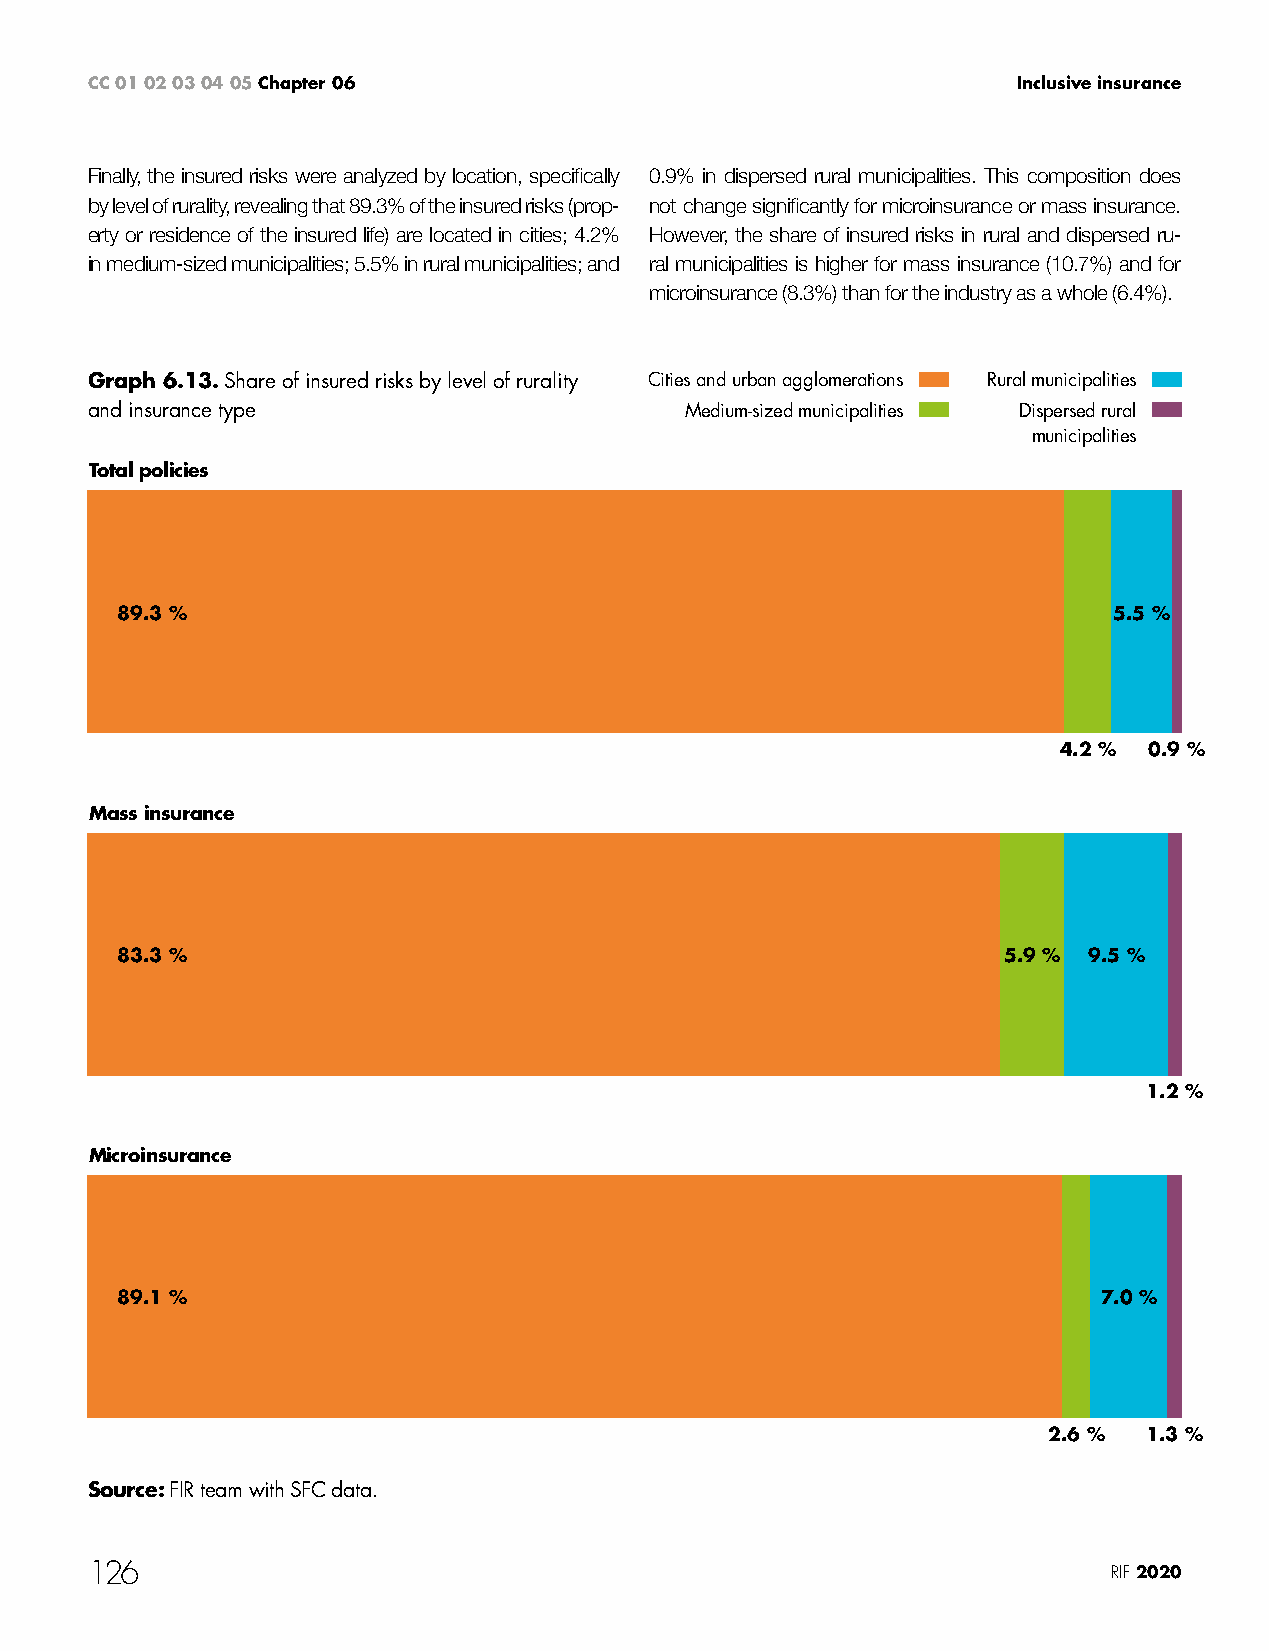
CC 01 02 03 04 05 Chapter 06                                 Inclusive insurance
 Finally, the insured risks were analyzed by location, specifically 0.9% in dispersed rural municipalities. This composition does
 by level of rurality, revealing that 89.3% of the insured risks (prop- not change significantly for microinsurance or mass insurance.
 erty or residence of the insured life) are located in cities; 4.2% However, the share of insured risks in rural and dispersed ru-
 in medium-sized municipalities; 5.5% in rural municipalities; and ral municipalities is higher for mass insurance (10.7%) and for
 microinsurance (8.3%) than for the industry as a whole (6.4%).
 Graph 6.13. Share of insured risks by level of rurality Cities and urban agglomerations Rural municipalities
 and insurance type                     Medium-sized municipalities Dispersed rural
 municipalities
 Total policies
 89.3 %                                                            5.5 %
 4.2 % 0.9 %
 Mass insurance
 83.3 %                                                    5.9 % 9.5 %
 1.2 %
 Microinsurance
 89.1 %                                                           7.0 %
 2.6 %  1.3 %
 Source: FIR team with SFC data.
 126                                                                 RIF 2020